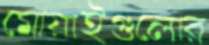
মোয়াইগুলোর